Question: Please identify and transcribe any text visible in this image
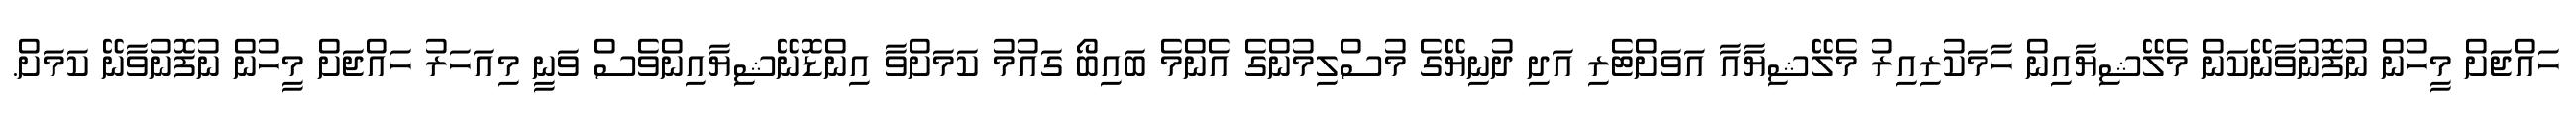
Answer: ހައްޖަށް މީހުން ނުފޮނުވާނޭކަން މެލޭޝިޔާއިން ހާމަކުރިއިރު މެލޭޝިޔާއާ އަވަށްޓެރި އަދި ދުނިޔޭގެ މުސްލިމުންގެ އެންމެ ބައިބޯ ގައުމު ކަމަށްވާ އިންޑޮނޭޝިޔާއިންވެސް ވަނީ މިއަހަރު ހައްޖަށް މީހުން ނުފޮނުވާނޭ ކަމަށް.